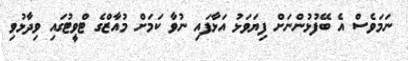
ނަމަވެސް އެ ބޭފުޅުންނަށް ފިޔަވަޅު އަޅާފައި ނުވާ ކަމަށް މުއާޒްގެ ޓްވީޓުގައި ވިދާޅުވި